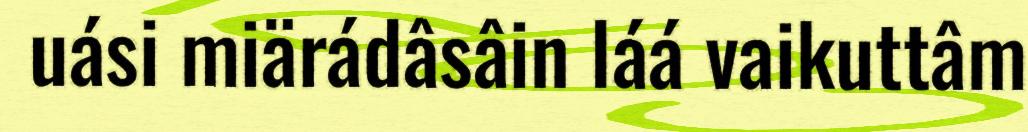
uási miärádâsâin láá vaikuttâm